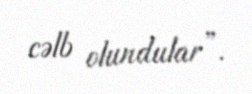
cəlb olundular”.